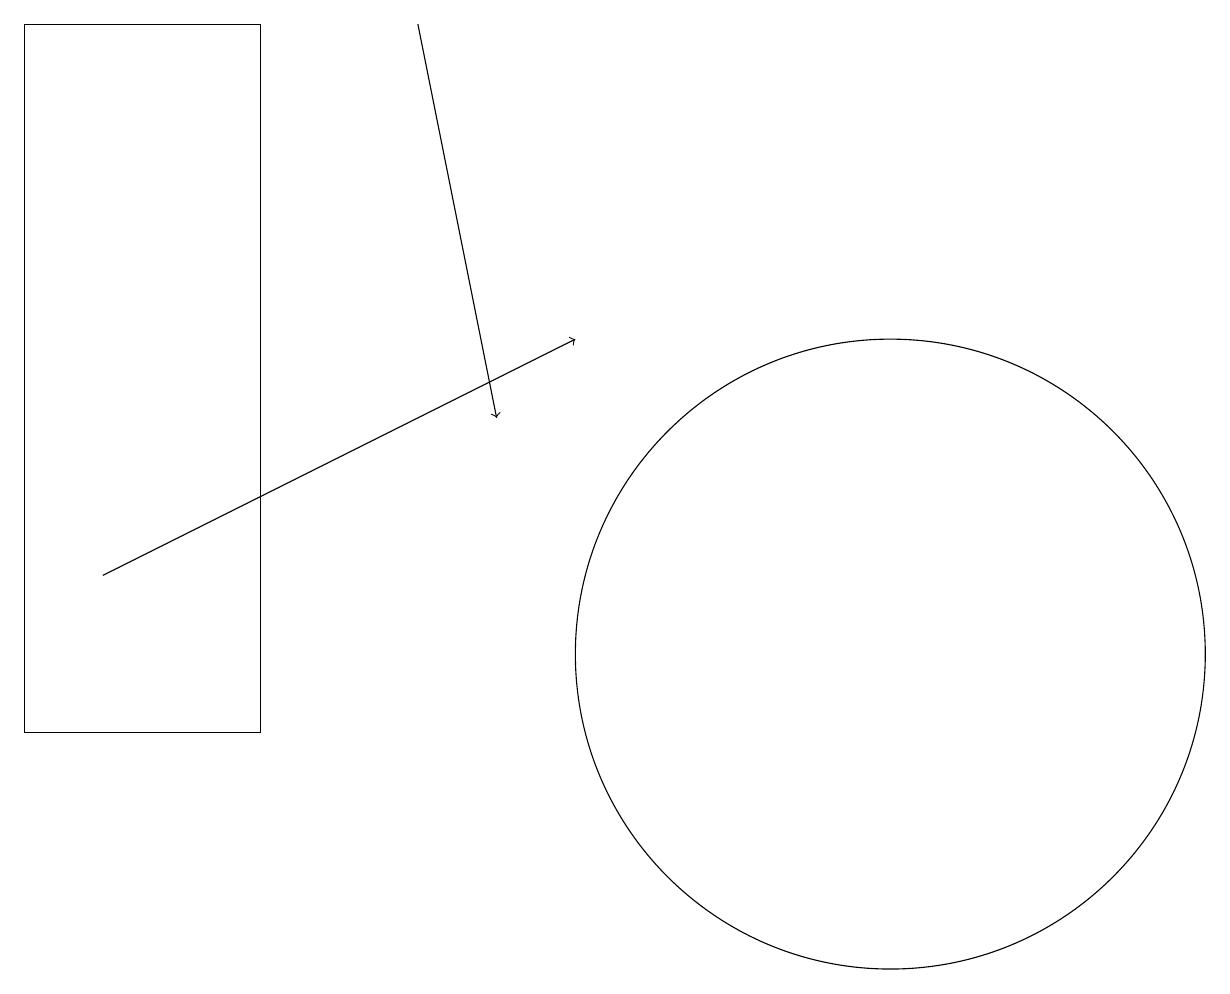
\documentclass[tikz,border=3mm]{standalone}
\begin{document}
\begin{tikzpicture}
\draw[->] (2,12) -- (8,15);
\draw (12,11) circle (4);
\draw (1,10) rectangle (4,19);
\draw[->] (6,19) -- (7,14);
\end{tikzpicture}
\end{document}